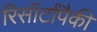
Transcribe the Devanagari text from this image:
रिसॉर्टांपैकी